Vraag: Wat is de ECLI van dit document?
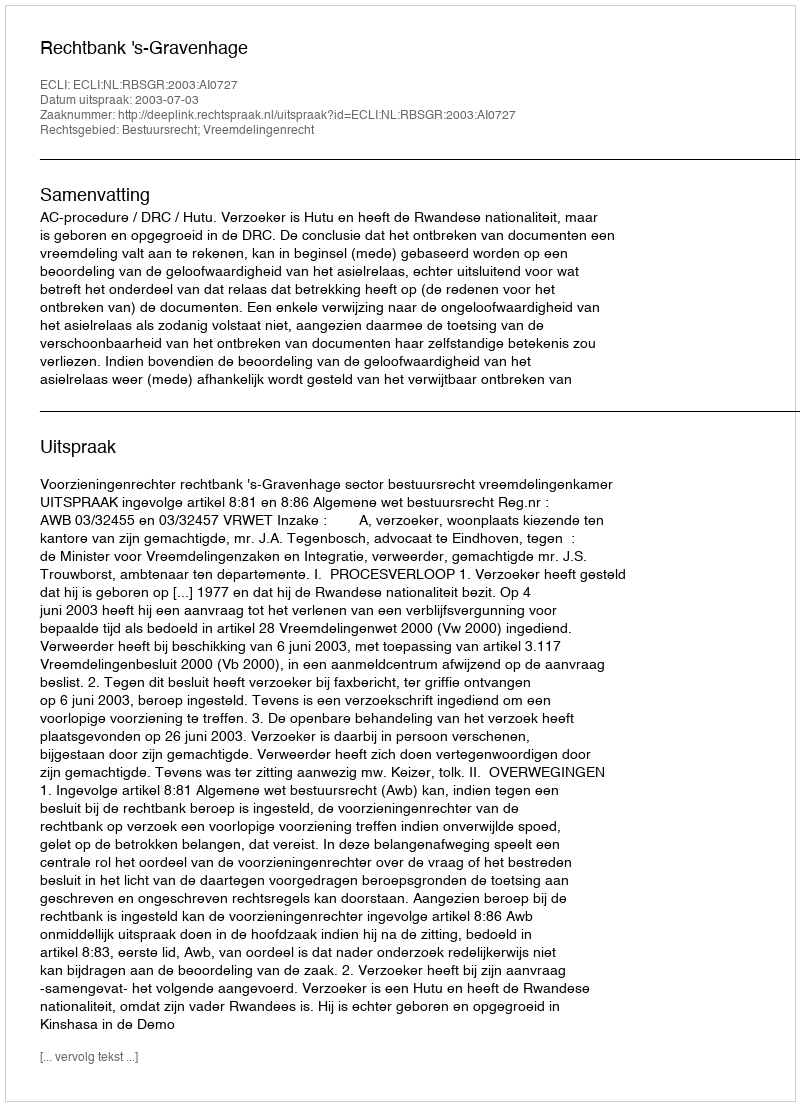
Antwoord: ECLI:NL:RBSGR:2003:AI0727